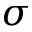
\sigma